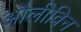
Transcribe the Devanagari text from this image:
औलीविन